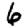
Digit: 6